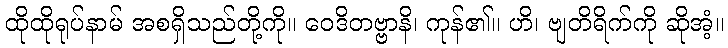
ထိုထိုရုပ်နာမ် အစရှိသည်တို့ကို။ ဝေဒိတဗ္ဗာနိ၊ ကုန်၏။ ဟိ၊ ဗျတိရိက်ကို ဆိုအံ့။